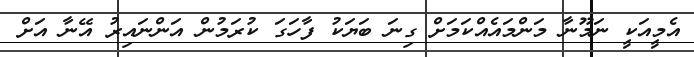
އެމީއަކީ ނަމޫނާ މަންމައެއްކަމަށް ގިނަ ބަޔަކު ފާހަގަ ކުރަމުން އަންނައިރު އޭނާ އަށް